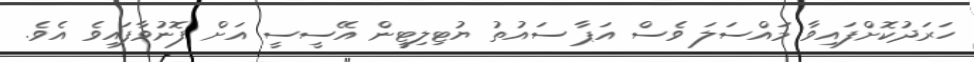
ހަރަދުކޮށްފައިވާ މައްސަލަ ވެސް އަޕާ ސައުތު ޔުޓިލިޓީން އޭސީސީ އަށް ފޮނުވާފައިވެ އެވެ.